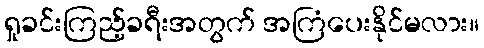
ရှုခင်းကြည့်ခရီးအတွက် အကြံပေးနိုင်မလား။